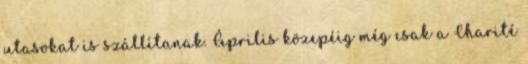
utasokat is szállítanak. Április közepéig még csak a Charité